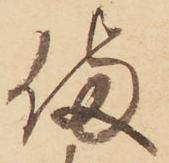
備